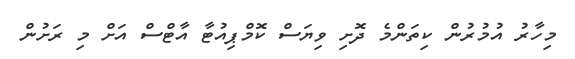
މިހާރު އުމުރުން ކިތަންމެ ދޮށި ވިޔަސް ކޮމްޕިއުޓާ އާޓްސް އަށް މި ރަށުން